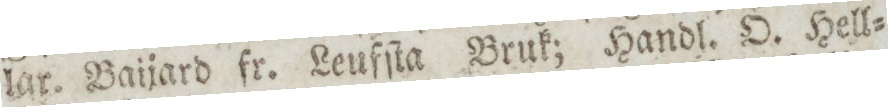
lar. Baijard fr. Leufſta Bruk; Handl. O. Hell=